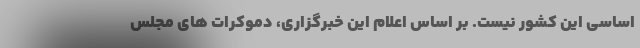
اساسی این کشور نیست. بر اساس اعلام این خبرگزاری، دموکرات های مجلس